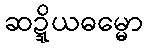
ဆဍ္ဍိယဓမ္မော